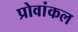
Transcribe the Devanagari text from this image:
प्रोवांकल